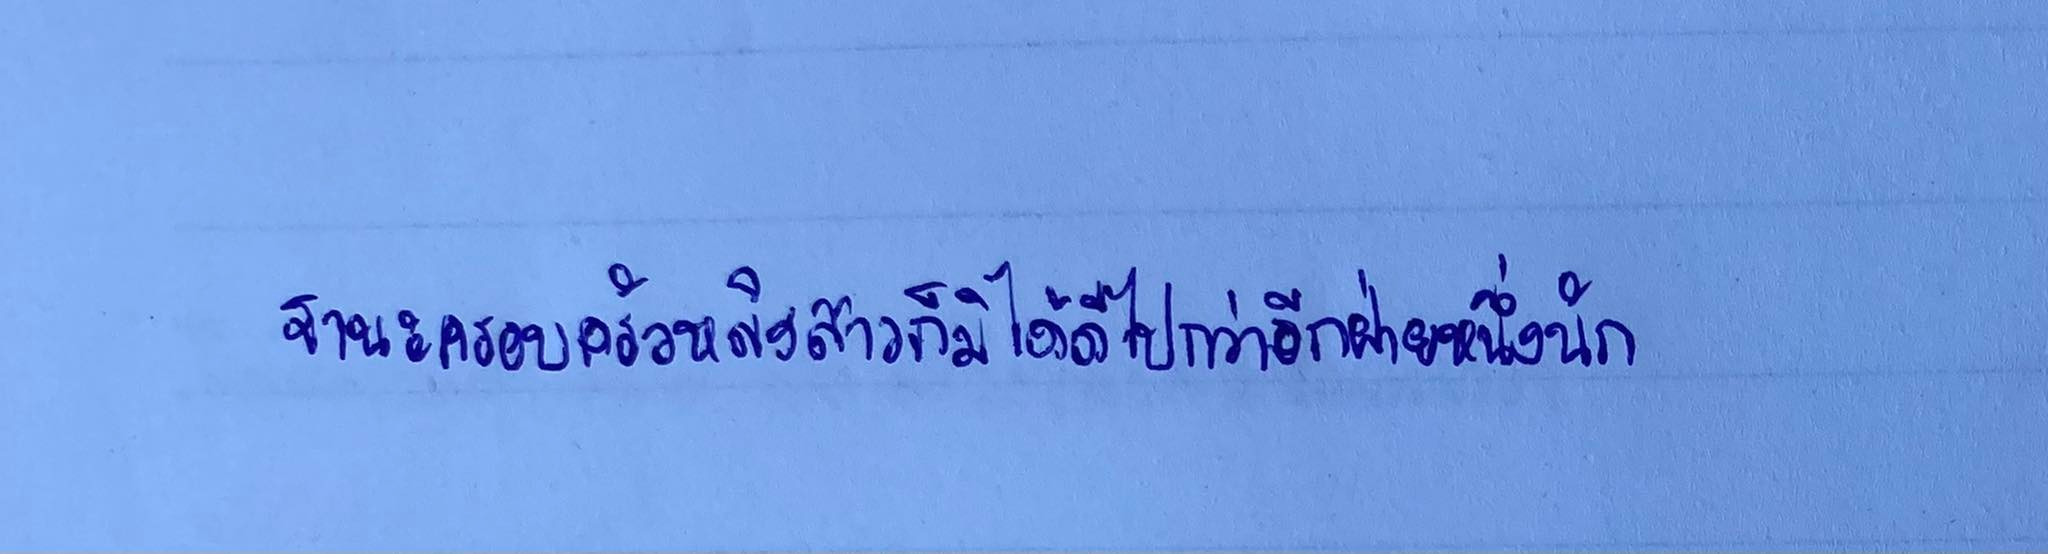
ฐานะทางครอบครัวหญิงสาวก็มิได้ดีไปกว่าอีกฝ่ายหนึ่งนัก